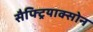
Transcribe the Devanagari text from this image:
सैफ्ट्रियाक्सोन